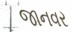
જાનવર